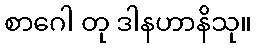
စာဂေါ တု ဒါနဟာနိသု။